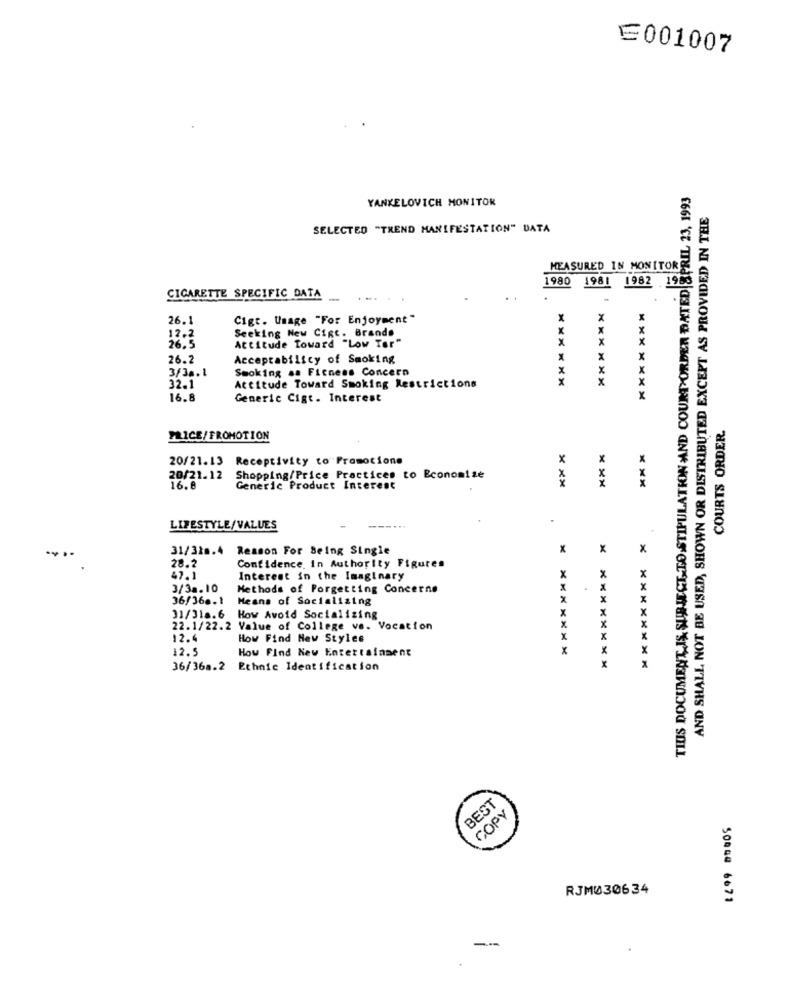
E001007
TIUS DOCUMENT IS SUBJECT TO.STIPULATION AND COURT ORDER DATED|APRIL 23, 1993
YANKELOVICH MONITOR
AND SHALL NOT BE USED, SHOWN OR DISTRIBUTED EXCEPT AS PROVIDED IN THE
SELECTED "TREND MANIFESTATION" DATA
MEASURED IN MONITORE
1980 1981 1982 1953
CIGARETTE SPECIFIC DATA
-
26.1
Cigt. Usage "For Enjoyment"
X
x
X
x
X
12,2
Seeking New Cipt. Brando
Attitude Toward "Low Ter"
x
26.5
X
26.2
Acceptability of Smoking
X
X
3/3 .. 1
Smoking aa Fitness Concern
x
X
x
32.1
Attitude Toward Smoking Restrictions
16.8
Generic Cigt. Interest
*******
COURTS ORDER.
PLICE/ FROMOTION
20/21.13 Receptivity to Promotione
20/21.12
Shopping/Price Practices to Economiae
16.8
Generic Product Interest
LIFESTYLE/VALUES
---...
31/328.4
Reason For Being Single
x
x
28.2
Confidence. in Authority Figures
Interest in the Imaginary
x
X
3/32.10
Methods of Porgetting Concerne
36/360.1
Means of Socializing
31/318.6
How Avoid Socializing
22.1/22.2 Value of College ve. Vocation
12.4
How Find New Styles
X
X
12.5
How Find New Entertainment
X
36/368.2 Ethnic Identification
X
********
********
BEST
COPY
RJM030634
504GG 6671